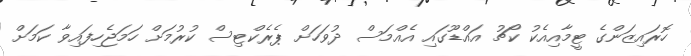
ހޮރައިޒަންގެ ޓީމާއިއެކު ކޯޗު އައްޑޫގައި އެއްމަސް ދުވަހަށް ޕެރެކްޓިސް ކުރުމަށް ހަމަޖެހިފައިވާ ކަމަށް